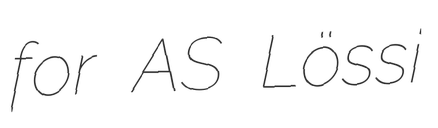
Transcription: for AS Lössi